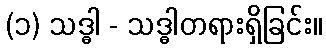
(၁) သဒ္ဓါ - သဒ္ဓါတရားရှိခြင်း။